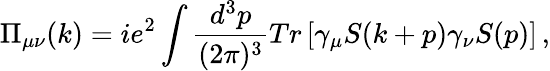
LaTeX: \Pi_{\mu\nu}(k)=ie^{2}\int{{\frac{d^{3}p}{(2\pi)^{3}}}Tr\left[\gamma_{\mu}S(k+p)\gamma_{\nu}S(p)\right]}\, ,